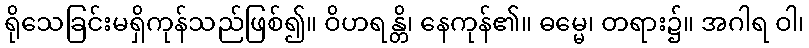
ရိုသေခြင်းမရှိကုန်သည်ဖြစ်၍။ ဝိဟရန္တိ၊ နေကုန်၏။ ဓမ္မေ၊ တရား၌။ အဂါရ ဝါ၊